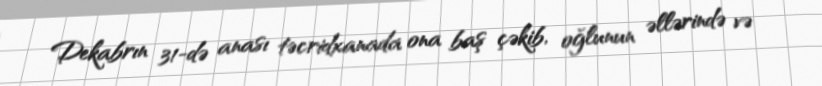
Dekabrın 31-də anası təcridxanada ona baş çəkib, oğlunun əllərində və